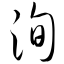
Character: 洵